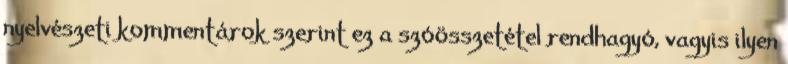
nyelvészeti kommentárok szerint ez a szóösszetétel rendhagyó, vagyis ilyen